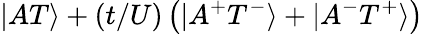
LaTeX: |AT\rangle+(t/U)\left(|A^{+}T^{-}\rangle+|A^{-}T^{+}\rangle\right)